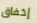
إخفاق